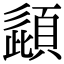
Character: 頿